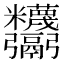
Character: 𩱸